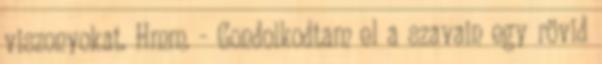
viszonyokat. Hmm. - Gondolkodtam el a szavain egy rövid